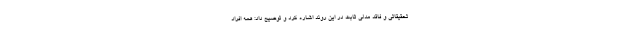
تحقیقاتی و فاقد مدلی ثابت در این روند اشاره کرد و توضیح داد: همه افراد